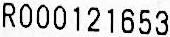
R000121653